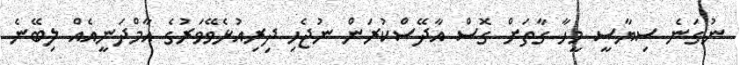
ނުގަނެ ސިޔާސީ މީހާ ގާތަށް ގޮސް އާދޭސްކުރަން ނުޖެހި ދިރިއުޅެވޭވަރުގެ އާމްދަނީއެއް ލިބޭނެ